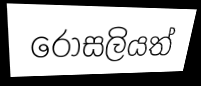
රොසලියත්